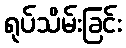
ရုပ်သိမ်းခြင်း